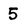
Character: 5